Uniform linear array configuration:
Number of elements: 24
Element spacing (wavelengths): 0.75
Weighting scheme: blackman
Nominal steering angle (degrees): -60
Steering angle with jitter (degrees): -61.237
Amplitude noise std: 0.05
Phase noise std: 0.05

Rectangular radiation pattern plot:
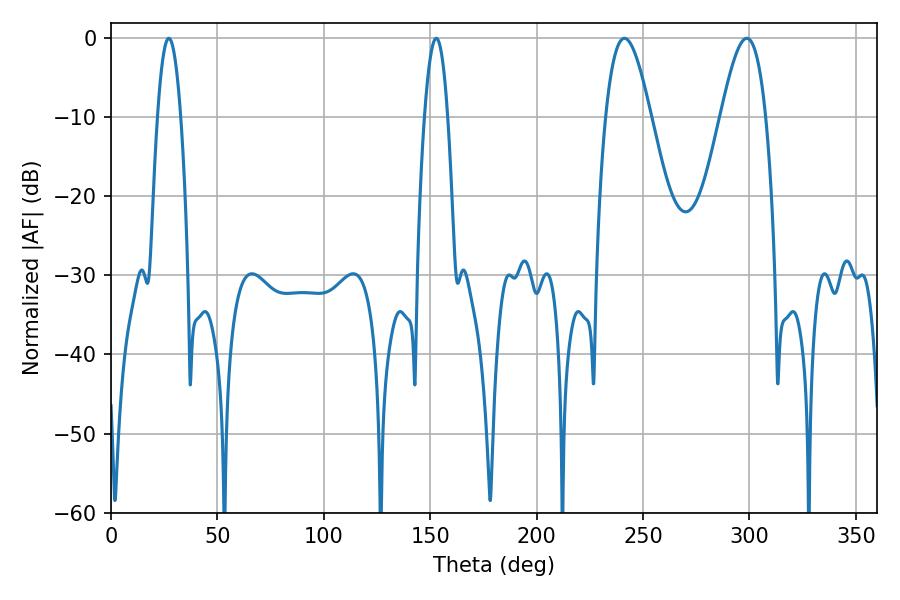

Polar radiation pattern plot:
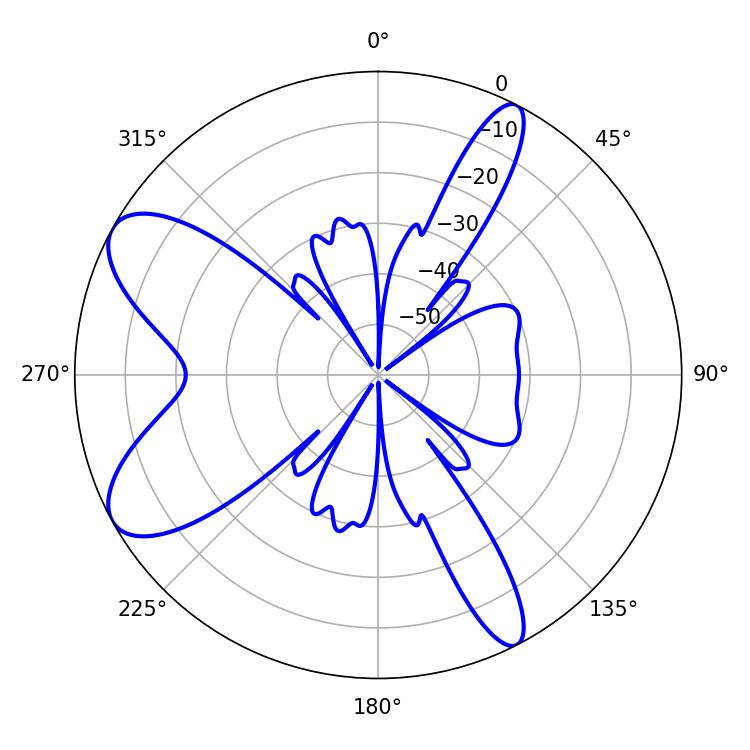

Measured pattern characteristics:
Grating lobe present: TRUE
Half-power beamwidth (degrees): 5.94
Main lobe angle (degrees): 27.18